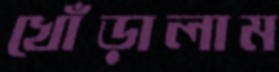
খোঁড়ালাম